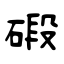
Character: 碫